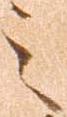
之